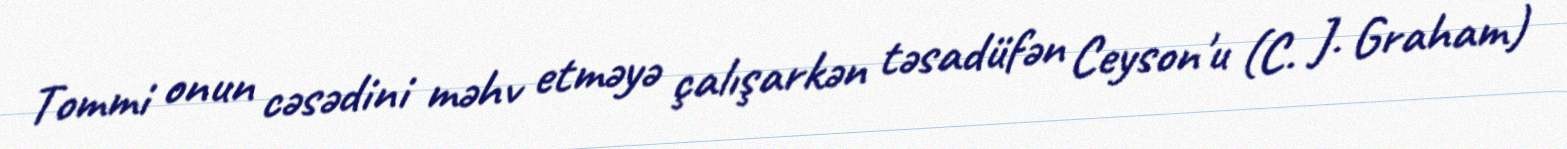
Tommi onun cəsədini məhv etməyə çalışarkən təsadüfən Ceyson'u (C. J. Graham)